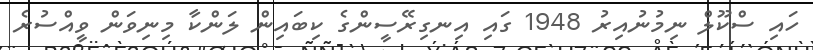
ހައި ސްކޫލް ނިމުނުއިރު 1948 ގައި އިނގިރޭސީންގެ ކިބައިން ލަންކާ މިނިވަން ވީއްސުރެ